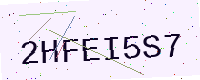
Text: 2HFEI5S7